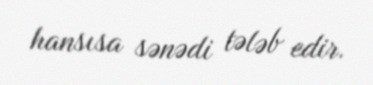
hansısa sənədi tələb edir.